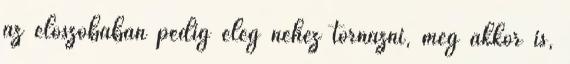
az előszobában pedig elég nehéz tornázni, még akkor is,